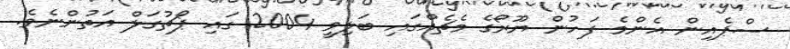
ސްޕެއިން އެންމެ ފަހުން ޔޫރޯގެ މެޗެއްގައި ބަލިވީ 2004 ގައި ޕޯޗުގަލް އަތުންނެވެ.